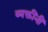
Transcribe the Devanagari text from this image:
व्यक्तींनीं